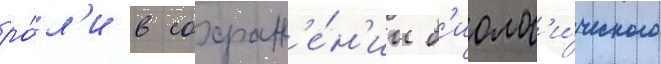
ро́л'и в сохран'е́н'ии б'иолог'и́ческого